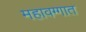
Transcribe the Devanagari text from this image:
महावग्गात